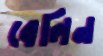
বেলিন